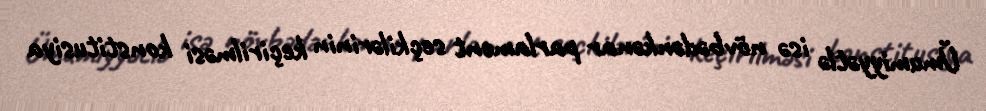
Ümumiyyətlə isə növbədənkənar parlament seçkilərinin keçirilməsi konstitusiya